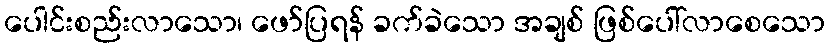
ပေါင်းစည်းလာသော၊ ဖော်ပြရန် ခက်ခဲသော အချစ် ဖြစ်ပေါ်လာစေသော